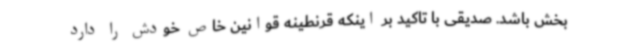
بخش باشد. صدیقی با تاکید بر اینکه قرنطینه قوانین خاص خودش را دارد